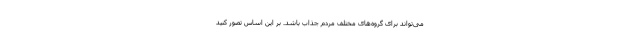
می‌تواند برای گروه‌های مختلف مردم جذاب باشد. بر این اساس تصور کنید